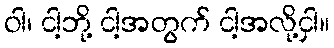
ဝါ၊ ငါ့ဘို့ ငါ့အတွက် ငါ့အလို့ငှါ။